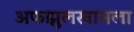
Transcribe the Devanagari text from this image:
अफझुलखानला